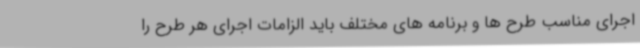
اجرای مناسب طرح ها و برنامه های مختلف باید الزامات اجرای هر طرح را